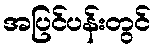
အပြင်ပန်းတွင်